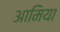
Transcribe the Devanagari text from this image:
आमिया